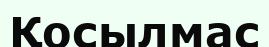
Қосылмас